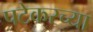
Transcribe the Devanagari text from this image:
पटेकरच्या